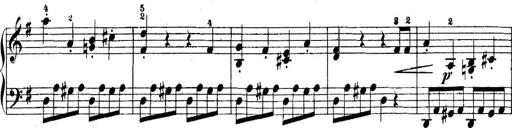
Title: 5 Sonatinas
Composer: Theodor Kirchner